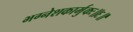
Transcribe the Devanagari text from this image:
भग्नेशकार्मुकः॥६॥